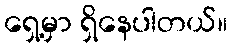
ရှေ့မှာ ရှိနေပါတယ်။